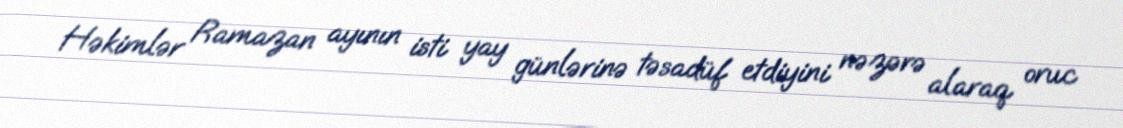
Həkimlər Ramazan ayının isti yay günlərinə təsadüf etdiyini nəzərə alaraq oruc